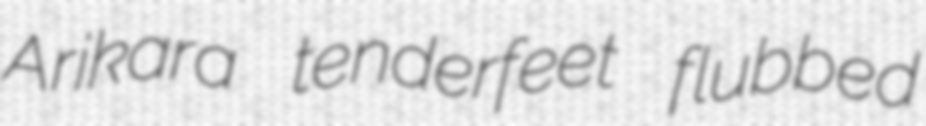
Arikara tenderfeet flubbed